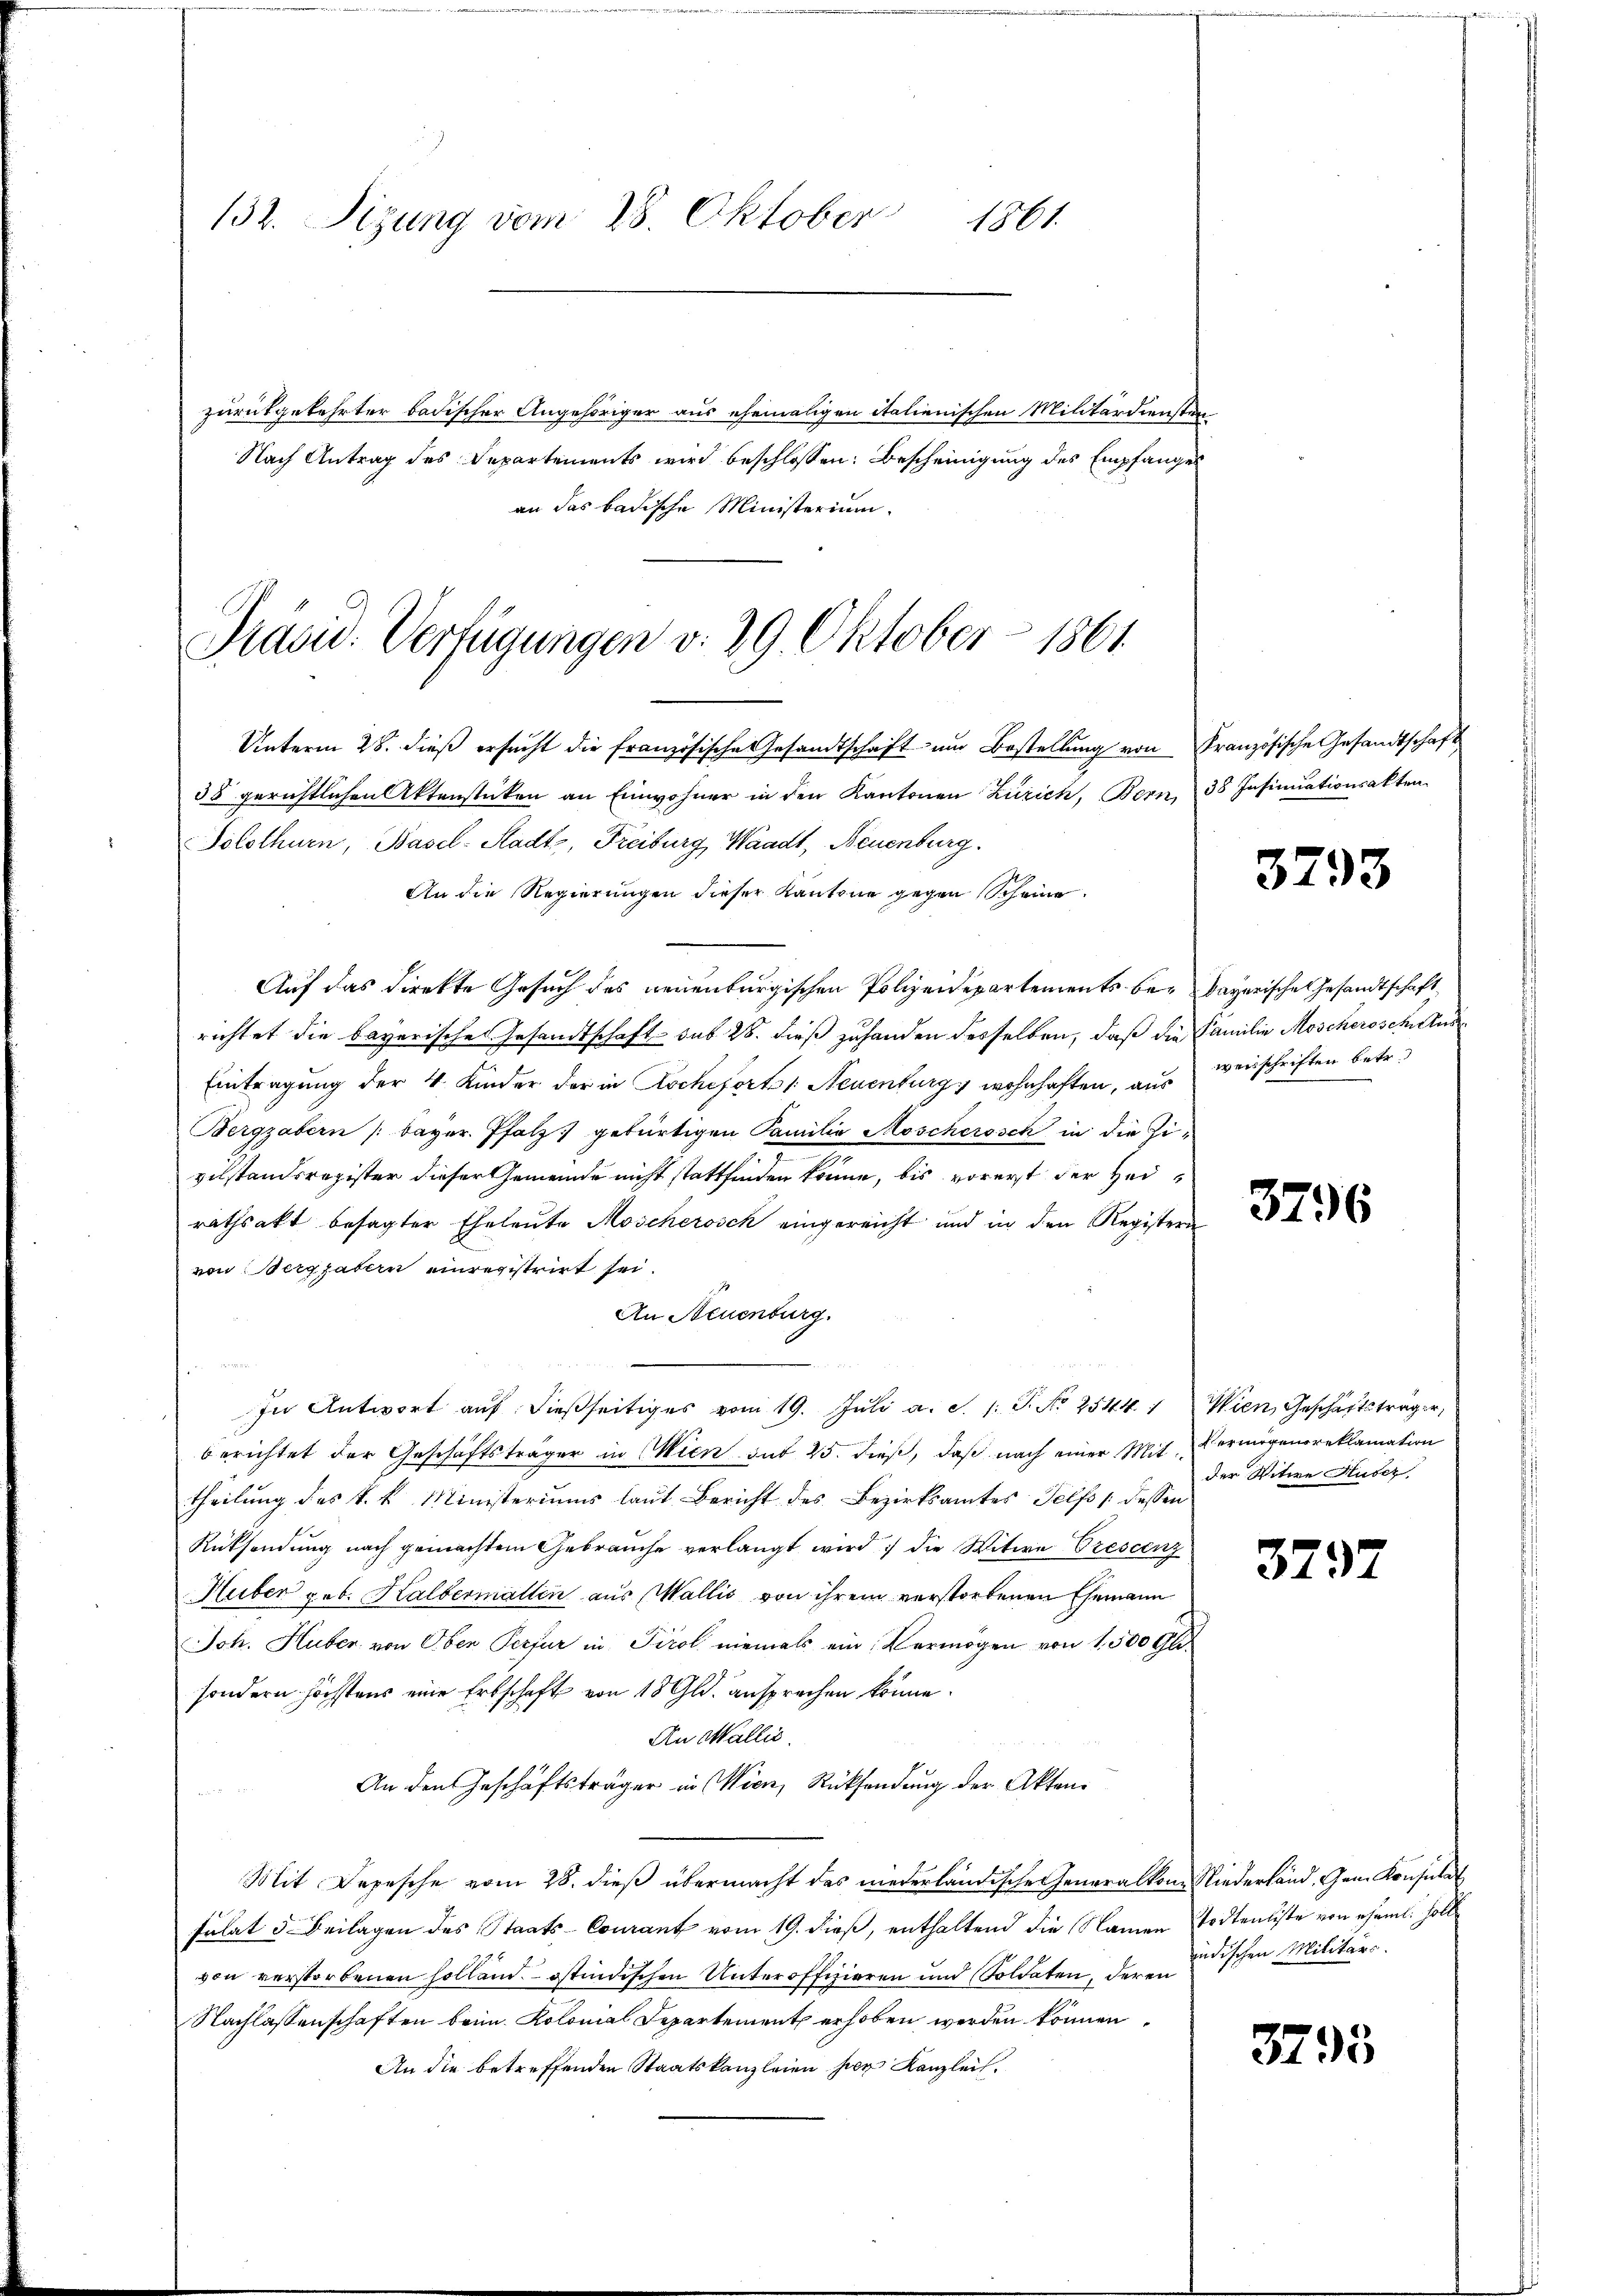
1861.
132. Sizung vom 28. Oktober

Präsid. Verfügungen v. 29. Oktober 1861

zurückgekehrter badischer Angehöriger aus ehemaligen italienischen Militärdiensten
Nach Antrag des Departements wird beschlossen: Bescheinigung des Empfanges
an das badische Ministerium.

Unterm 28. dieß ersucht die französische Gesandtschaft und Bestellung von Französische Gesandtschaft
38 gerichtlichen Aktenstücken an Einwohner in den Kantonen Zürich, Bern, 38 Insinuationsakten.
Solothurn, Basel-Stadt, Freiburg, Waadt, Neuenburg.
An die Regierungen dieser Kantone gegen Scheine
Auf das direkte Gesuch des neuenburgischen Polizeidepartements be-bayerische Gesandtschaft
richtet die bayerische Gesandtschaft sub 28. dieß zuhanden desselben, daß die Familie Möscherosche Aus
Eintragung der 4 Kinder der in Kocheforts: Neuenburg, wohnhaften, aus weisschriften betr.
Bergzabern (Bayer. Pfalz gebürtigen Familia Moscherosch in die Zi¬
.
vilstandsregister dieser Gemeinde nicht stattfinden könne, bis vorerst der Heirathsakt besagter Eheleute Moschersch eingereicht und in den Registern
von Bergpatern einregistrirt sei.
1
An Neuenburg.
In Antwort auf dießseitiges vom 19. Juli a. S. 1: P. No 2544. Wien, Geschäftsträger,
berichtet der Geschäftsträger in Wien sub 25. dieß, daß nach einer Mit Vermögensreklamation
theilung des k. k. Ministeriums laut Bericht des Bezirksamtes Telfs / dessen
Rüksendung nach gemachtem Gebrauche verlangt wird die Witwe Prescenz
Huber geb. Kalbermallen aus Wallis von ihrem verstorbenen Ehemann
Joh. Huber von Oben Perfur in Tirol niemals ein Vermögen von 1,500 Glisondern höchstens eine Erbschaft von 18 Gld. ansprechen könne.
An Wallis.

An den Geschäftsträger in Wien, Rücksendung der Akten¬
Mit Depesche vom 28. dieß übermacht das niederländische Generalkon Niederland, Gem. Konsulat
sulat 5. Beilagen des Staats-Couranz vom 19. dieß, enthaltend die Namen todtenliste von eheml. holt
von verstorbenen Holland ostindischen Unteroffizieren und Soldaten, deren
Nachlassenschaften beim Kolonial Departement erhoben werden können.
An die betreffenden Staatskanzleien herr Kanzlei.

3793

3796

der Vitire Huber.

3792

indischen Militärs.

3795